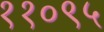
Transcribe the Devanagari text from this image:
११०९५